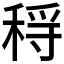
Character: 𥟳